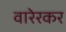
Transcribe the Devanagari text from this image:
वारेरकर